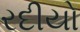
રદીયો